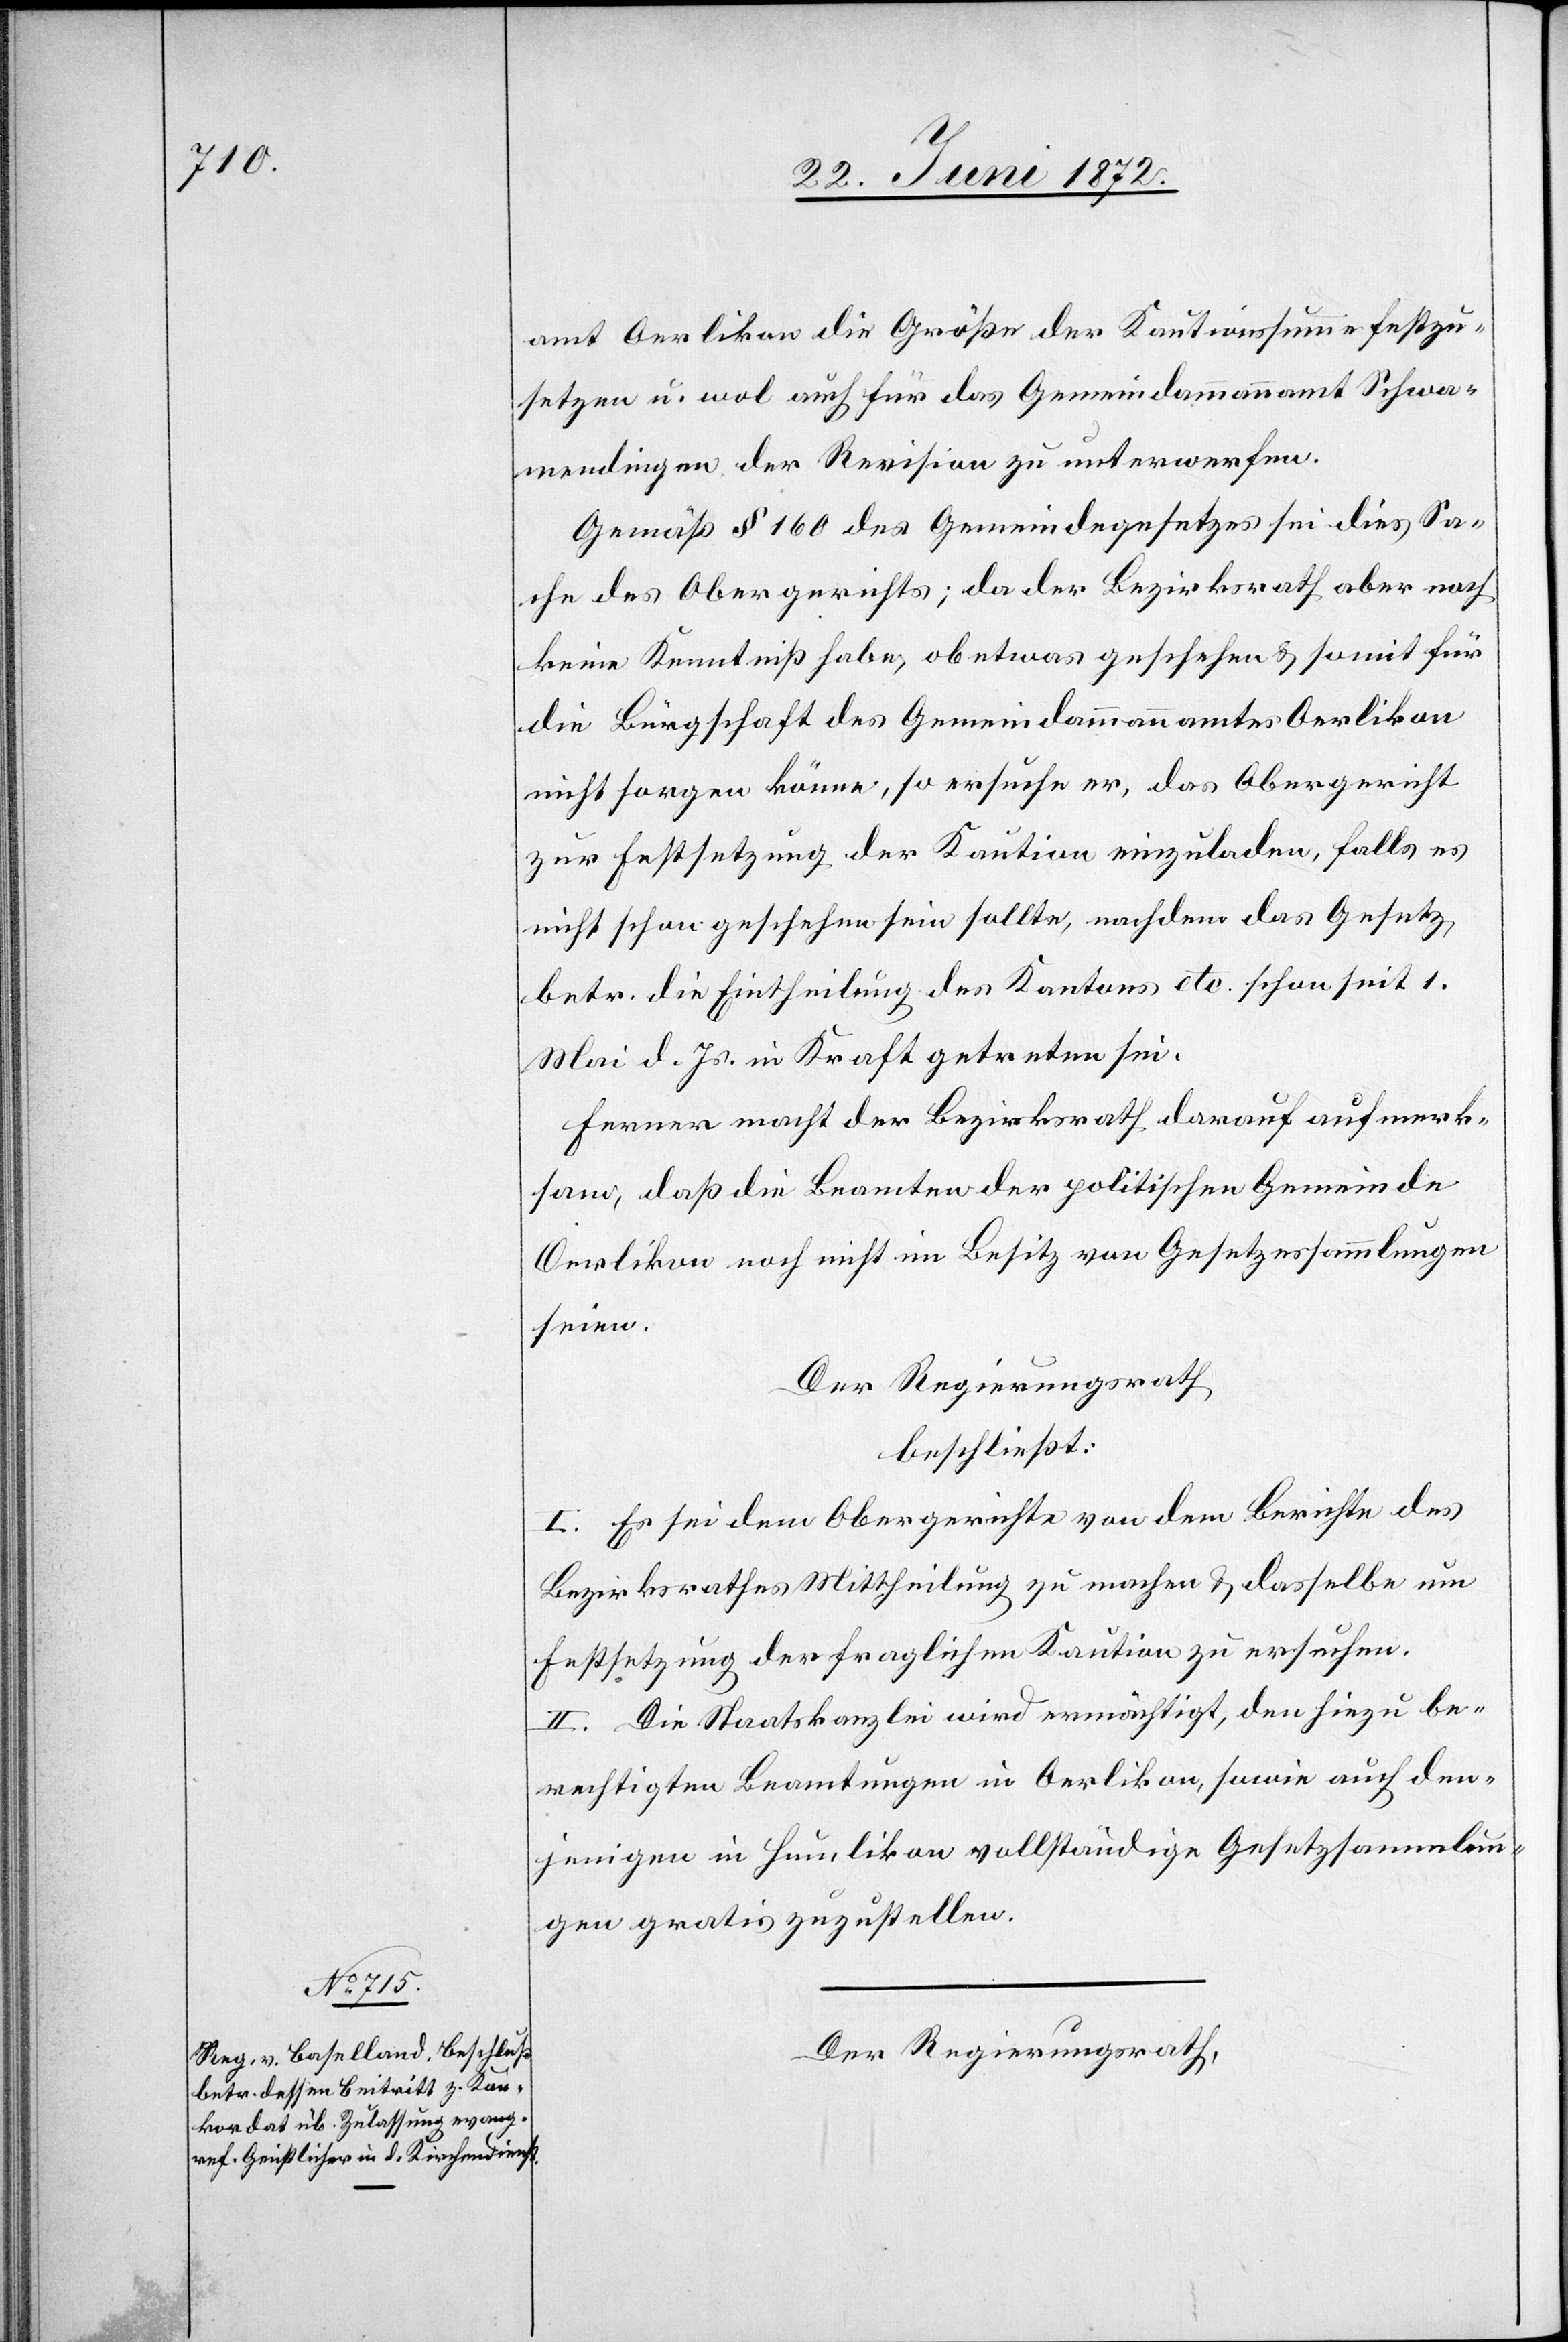
amt Oerlikon die Größe der Kautionssumme festzu¬
setzen u. wol auch für das Gemeindammannamt Schwa¬
mendingen der Revision zu unterwerfen.
Gemäß § 160 des Gemeindegesetzes sei dies Sa¬
che der Obergerichts; da der Bezirksrath aber noch
keine Kenntniß habe, ob etwas geschehen u. somit für
die Bürgschaft des Gemeindammannamtes Oerlikon
nicht sorgen könne, so ersuche er, das Obergericht
zur Festsetzung der Kaution einzuladen, falls es
nicht schon geschehen sein sollte, nachdem das Gesetz
betr. die Eintheilung des Kantons etc. schon seit. 1.
Mai d. Js. in Kraft getreten sei.
Ferner macht der Bezirksrath darauf aufmerk¬
sam, daß die Beamten der politischen Gemeinde
Oerlikon noch nicht im Besitz von Gesetzessammlungen
seien.
Der Regierungsrath
beschließt:
I. Es sei dem Obergerichte von dem Berichte des
Bezirksrathes Mittheilung zu machen u. dasselbe um
Festsetzung der fraglichen Kaution zu ersuchen.
II. Die Staatskanzlei wird ermächtigt, den hiezu be¬
rechtigten Beamtungen in Oerlikon, sowie auch den¬
jenigen in Humlikon vollständige Gesetzsammlun¬
gen gratis zuzustellen.
Der Regierungsrath,